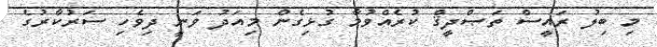
މި ބިލު ރައީސް ތަޞްދީޤް ކުރެއްވުމާ ގުޅިގެން މިއަދު ވަނީ ދިވެހި ސަރުކާރުގެ